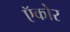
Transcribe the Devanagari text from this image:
ऍकोर